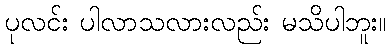
ပုလင်း ပါလာသလားလည်း မသိပါဘူး။